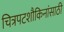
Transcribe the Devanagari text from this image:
चित्रपटशौकिनांसाठी